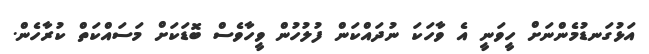
އަޅުގަނޑުމެންނަށް ހީވަނީ އެ ވާހަކަ ނުދައްކަން ފުލުހުން ވީހާވެސް ބޮޑަކަށް މަސައްކަތް ކުރާހެން.